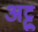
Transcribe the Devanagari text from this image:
अट्टु